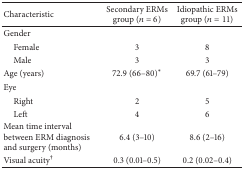
| Characteristic | Secondary ERMs group (n = 6) | Idiopathic ERMs group (n = 11) |
 | --- | --- | --- |
 | Gender |  |  |
 | Female | 3 | 8 |
 | Male | 3 | 3 |
 | Age (years) | 72.9 (66–80)* | 69.7 (61–79) |
 | Eye |  |  |
 | Right | 2 | 5 |
 | Left | 4 | 6 |
 | Mean time interval between ERM diagnosis and surgery (months) | 6.4 (3–10) | 8.6 (2–16) |
 | Visual acuity† | 0.3 (0.01–0.5) | 0.2 (0.02–0.4) |